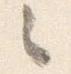
々